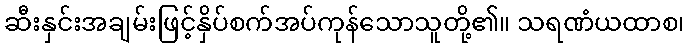
ဆီးနှင်းအချမ်းဖြင့်နှိပ်စက်အပ်ကုန်သောသူတို့၏။ သရဏံယထာစ၊